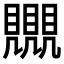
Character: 𧢛